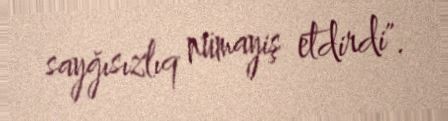
sayğısızlıq nümayiş etdirdi".